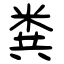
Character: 粪